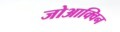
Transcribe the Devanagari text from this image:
जोआक्विन